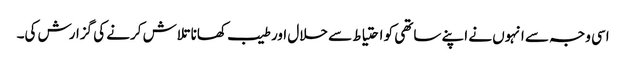
اسی وجہ سے انہوں نے اپنے ساتھی کو احتیاط سے حلال اور طیب کھانا تلاش کرنے کی گزارش کی۔